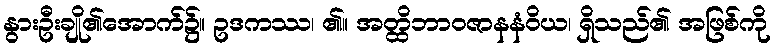
နွားဦးချို၏အောက်၌။ ဥဒကဿ၊ ၏။ အတ္ထိဘာဝဇာနနံဝိယ၊ ရှိသည်၏ အဖြစ်ကို